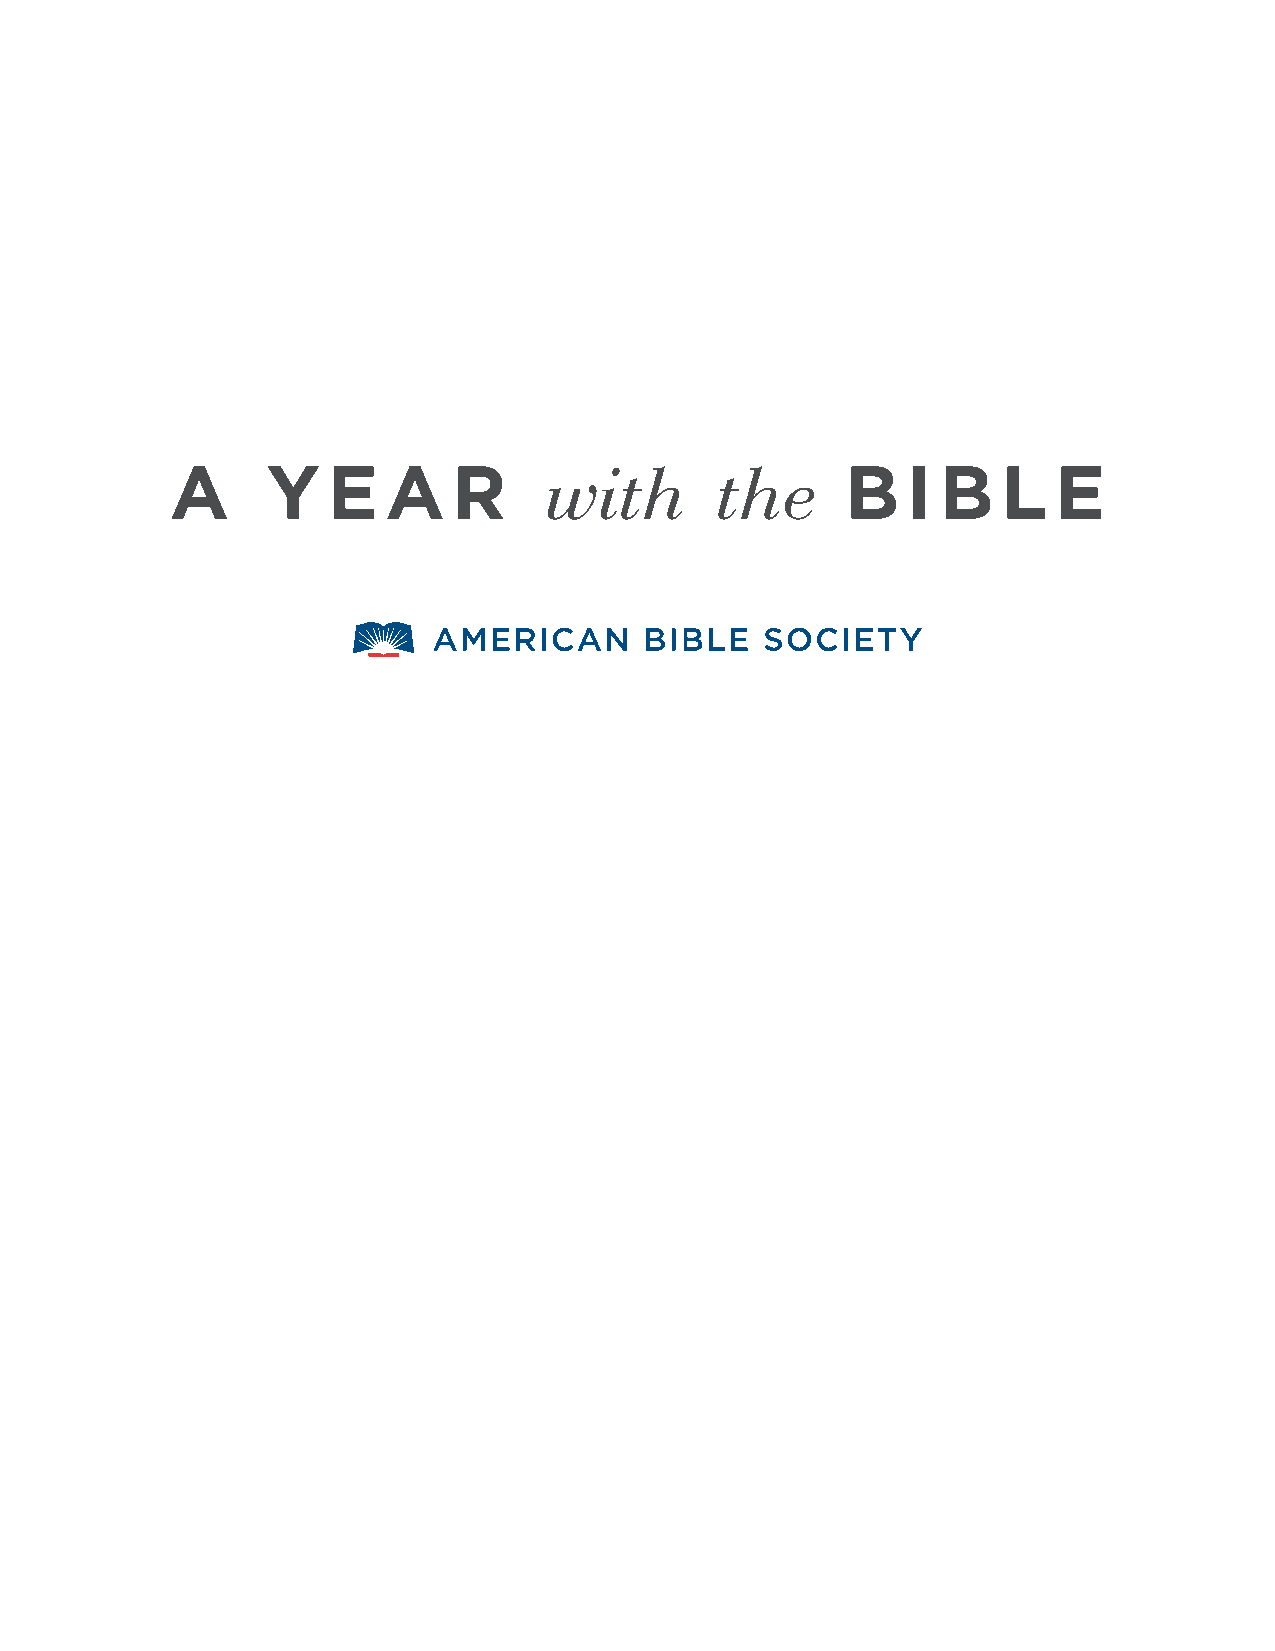
A      Y   E   A   R                         B   I B   L   E
 with       the